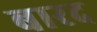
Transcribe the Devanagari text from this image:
बारद